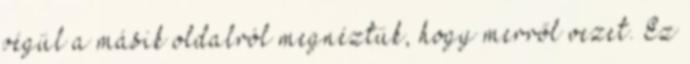
végül a másik oldalról megnéztük, hogy merről vezet. Ez